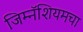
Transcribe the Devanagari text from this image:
जिम्नॅशियमचा